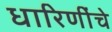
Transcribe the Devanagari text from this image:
धारिणींचे